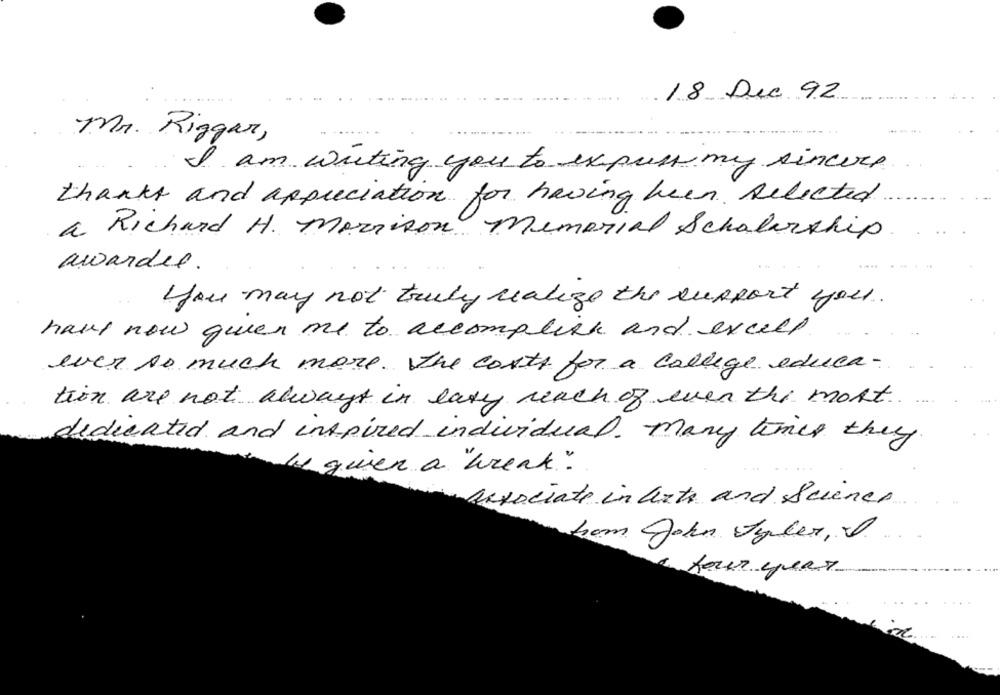
18 De 92
Mr. Rizgar,
I am writing you to express my sincere
thanks and appreciation for having been selected
a Richard H. Morrison. Memorial Scholarship
awardee.
You may not truly realize the support you.
have now given me to accomplish and excell
ever so much more. the costs for a college educa-
tion are not always in easy reach of even the most.
dedicated and inspired individual. many times they
be given a "break."
associate in Certe and Sciences
from John Tyler, I
four year